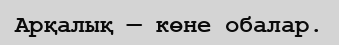
Арқалық — көне обалар.